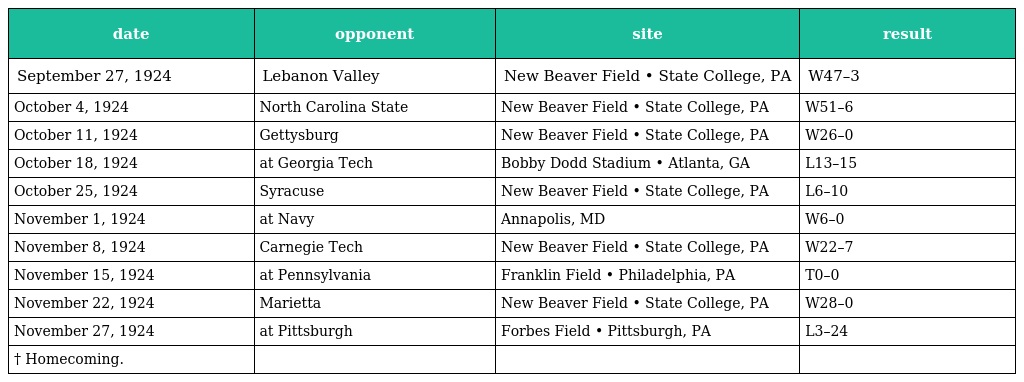
| date | opponent | site | result |
 | --- | --- | --- | --- |
 | September 27, 1924 | Lebanon Valley | New Beaver Field • State College, PA | W47–3 |
 | October 4, 1924 | North Carolina State | New Beaver Field • State College, PA | W51–6 |
 | October 11, 1924 | Gettysburg | New Beaver Field • State College, PA | W26–0 |
 | October 18, 1924 | at Georgia Tech | Bobby Dodd Stadium • Atlanta, GA | L13–15 |
 | October 25, 1924 | Syracuse | New Beaver Field • State College, PA | L6–10 |
 | November 1, 1924 | at Navy | Annapolis, MD | W6–0 |
 | November 8, 1924 | Carnegie Tech | New Beaver Field • State College, PA | W22–7 |
 | November 15, 1924 | at Pennsylvania | Franklin Field • Philadelphia, PA | T0–0 |
 | November 22, 1924 | Marietta | New Beaver Field • State College, PA | W28–0 |
 | November 27, 1924 | at Pittsburgh | Forbes Field • Pittsburgh, PA | L3–24 |
 | † Homecoming. |  |  |  |